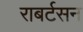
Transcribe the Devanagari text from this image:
राबर्टसन